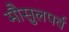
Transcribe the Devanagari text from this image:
मौसुलपर्व